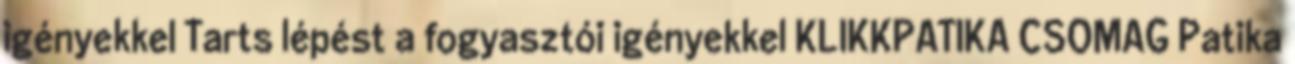
igényekkel Tarts lépést a fogyasztói igényekkel KLIKKPATIKA CSOMAG Patika